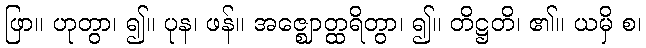
ဖြာ။ ဟုတွာ၊ ၍။ ပုန၊ ဖန်။ အဇ္ဈောတ္ထရိတွာ၊ ၍။ တိဋ္ဌတိ၊ ၏။ ယမှိ စ၊